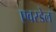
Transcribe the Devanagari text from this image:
एवरडेल